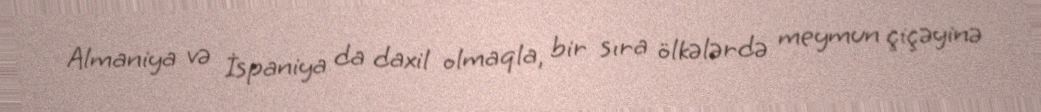
Almaniya və İspaniya da daxil olmaqla, bir sıra ölkələrdə meymun çiçəyinə